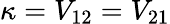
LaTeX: \kappa=V_{12}=V_{21}